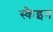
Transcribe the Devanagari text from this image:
स्कैइन